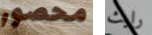
محصور رايث